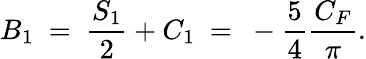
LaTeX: B_{1}~=~\frac{S_{1}}{2}+C_{1}~=~-\frac{5}{4}\frac{C_{F}}{\pi}.